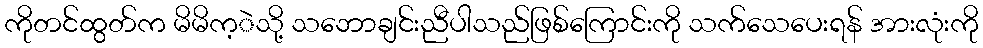
ကိုတင်ထွတ်က မိမိက့ဲသို့ သဘောချင်းညီပါသည်ဖြစ်ကြောင်းကို သက်သေပေးရန် အားလုံးကို